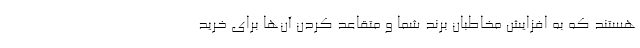
هستند که به افزایش مخاطبان برند شما و متقاعد کردن آن‌ها برای خرید